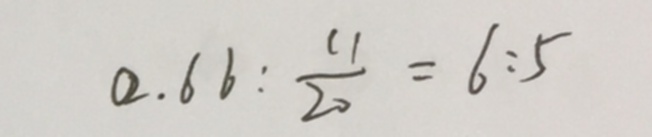
0 . 6 6 : \frac { 1 1 } { 2 0 } = 6 : 5